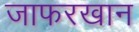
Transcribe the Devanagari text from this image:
जाफरखान